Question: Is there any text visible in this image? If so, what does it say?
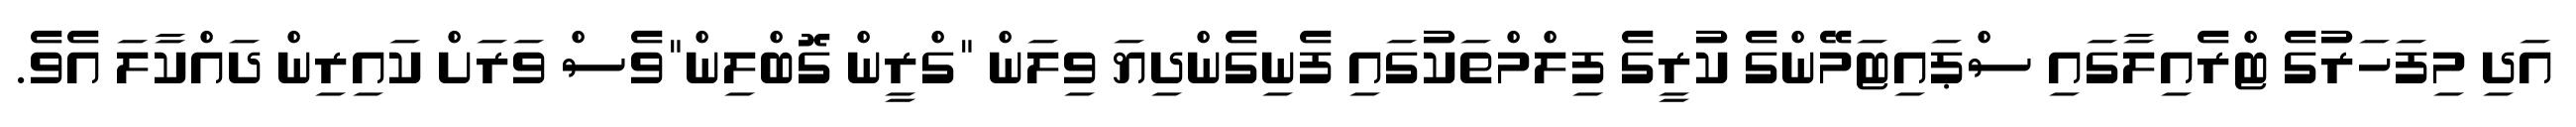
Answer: އަދި މިފަހަރުގެ ޓްރެއިލާގައި ސްޕައިޓަމޭންގެ ކުރީގެ ފިލްމްތަކުގައި ފެނިގެންދިޔަ ވިލަން "ގްރީން ގޮބްލިން"ވެސް ވަރަށް ކައިރިން ދައްކާލަ އެވެ.